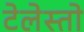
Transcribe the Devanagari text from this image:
टेलेस्तो